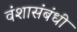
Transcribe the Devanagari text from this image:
वंशासंबंधी